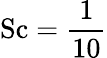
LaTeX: \mathrm{Sc}=\frac{1}{10}